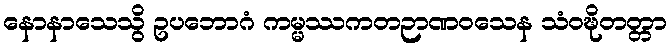
နောနာသေသွိ ဥပဘောဂံ ကမ္မဿကတဉာဏဝသေန သံဝဍ္ဎိတတ္တာ